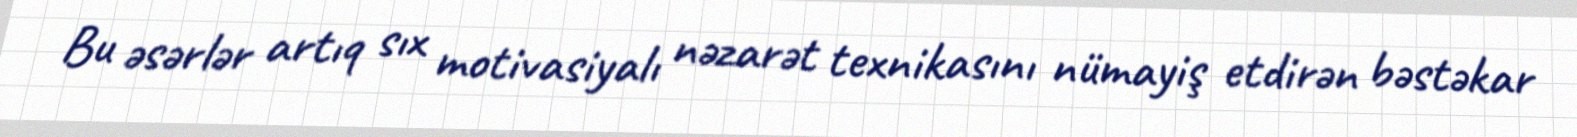
Bu əsərlər artıq sıx motivasiyalı nəzarət texnikasını nümayiş etdirən bəstəkar